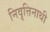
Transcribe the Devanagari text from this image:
निवृत्तिनाथी